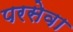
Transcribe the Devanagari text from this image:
परसेवा